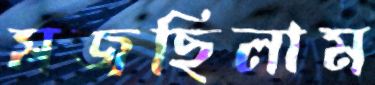
মজছিলাম